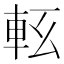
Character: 𨋇